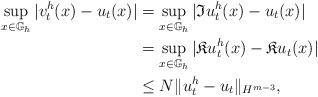
LaTeX: \begin{align*}\sup_{x \in \mathbb{G}_h} |v^h_t(x)-u_t(x)|& =\sup_{x \in \mathbb{G}_h} |\mathfrak{I}u^h_t(x)-u_t(x)| \\&= \sup_{x \in\mathbb{G}_h} |\mathfrak{K}u^h_t(x)-\mathfrak{K} u_t(x)| \\& \leq N \|u^h_t-u_t\|_{H^{m-3}}, \end{align*}